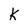
Character: k